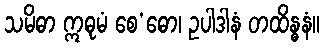
သမိဓာ ဣဓုမံ စေ’ဓော၊ ဥပါဒါနံ တထိန္ဓနံ။